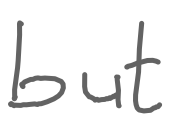
Text: but
Cross-out: clean
Writing tool: digital_gray